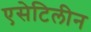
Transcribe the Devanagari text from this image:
एसेटिलीन